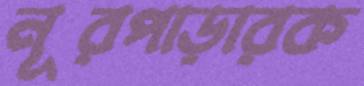
নূরপাড়ারক